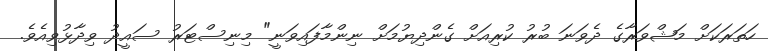
ހަތަރަކަށް މަޝްވަރާގެ ދެވަނަ ބުރު ކުރިއަށް ގެންދިޔުމަށް ނިންމާފައިވަނީ" މިނިސްޓަރު ސައީދު ވިދާޅުވިއެވެ.